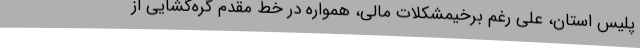
پلیس استان، علی رغم برخیمشکلات مالی، همواره در خط مقدم گره‌گشایی از